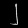
Digit: ၂